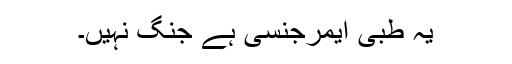
یہ طبی ایمرجنسی ہے جنگ نہیں۔